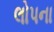
લોપના